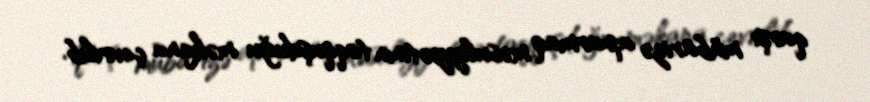
qarşı mübarizə aparmaq məsuliyyətinin toqquşduğu məkana çevrilib.